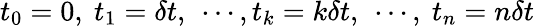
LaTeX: t_{0}=0,\ t_{1}=\delta t,\ \cdots,t_{k}=k\delta t,\ \cdots,\ t_{n}=n\delta t